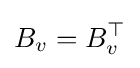
B_{v}=B_{v}^{\top }